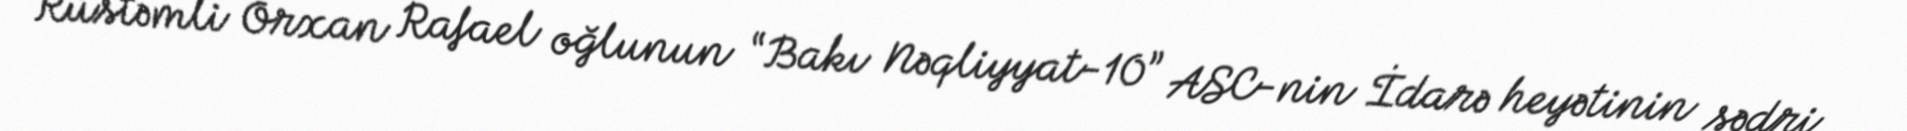
Rüstəmli Orxan Rafael oğlunun “Bakı Nəqliyyat-10” ASC-nin İdarə heyətinin sədri